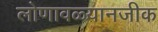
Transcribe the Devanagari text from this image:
लोणावळ्यानजीक